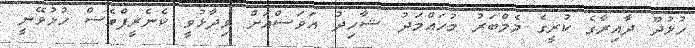
ހުޅުދޫ ދާއިރާގެ ކުރީގެ މެމްބަރު މުހައްމަދު ޝާހިދު އަވަސްއަށް ވިދާޅުވީ ކެނެރީފްވެސް ހުޅުވޭނީ